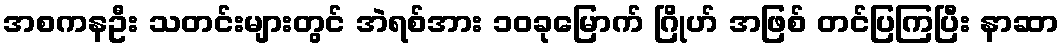
အစကနဦး သတင်းများတွင် အဲရစ်အား ၁၀ခုမြောက် ဂြိုဟ် အဖြစ် တင်ပြကြပြီး နာဆာ